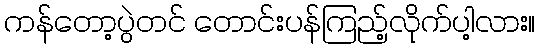
ကန်တော့ပွဲတင် တောင်းပန်ကြည့်လိုက်ပါ့လား။